Indian journal of veterinary science and animal husbandry - Volumes 22-23, 1952-1953
Year: 1952
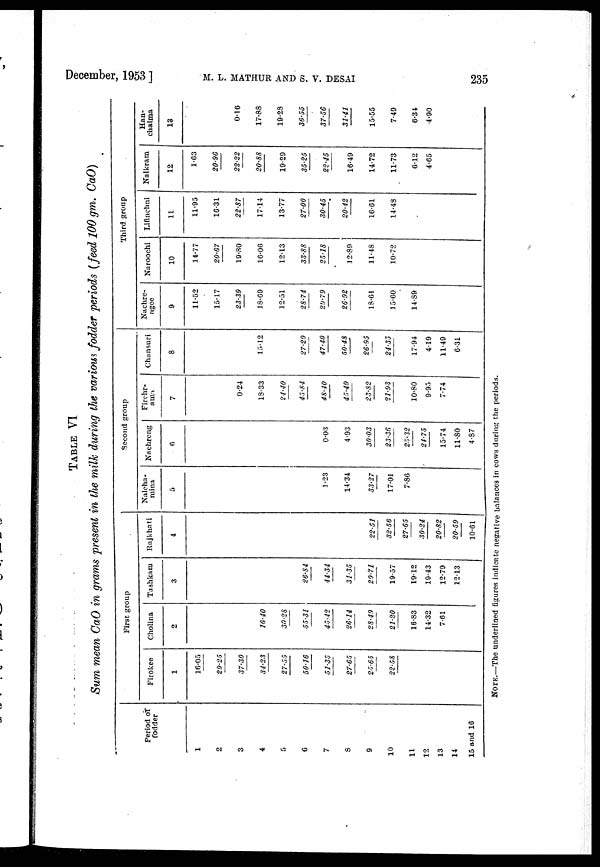
December, 1953 ]
M.
L.
MATHUR
AND
S.
V.
DESAI
235
TABLE VI
Sum mean CaO in grams present in the milk during the various fodder periods (feed 100 gm. CaO)
Period of
fodder
1
2
3
4
5
6
7
8
9
10
11
12
13
14
15 and 16
First group
Firokee
1
16.05
29.25
37.30
34.23
27.55
50.16
51.35
27.65
25.65
22.58
Cholina
2
16.40
30.28
55.31
45.42
26.14
23.49
21.20
16.83
14.32
7.61
Tashkam
3
26.84
44.34
31.35
29.71
19.57
19.12
19.43
12.79
12.13
Rajkhati
4
22.51
32.56
27.65
30.24
20.82
20.59
10.61
Second group
Nalcha-
mina
5
1.23
14.34
33.27
17.01
7.86
Nachreng
6
0.03
4.93
30.03
23.36
25.32
24.75
15.74
11.80
4.87
Firchr-
ama
7
0.24
18.33
24.40
45.84
48.40
45.49
23.82
21.93
10.80
9.95
7.74
Chansuri
8
15.12
27.29
47.40
50.48
26.95
24.35
17.94
4.19
11.49
6.31
Third group
Nachre-
ngee
9
11.52
15.17
23.39
18.C9
12.51
28.74
29.79
26.92
18.61
15.60
14.89
Naroochi
10
14.77
20.67
19.80
16.06
12.13
33.88
25.18
12.89
11.48
10.72
Lifinchni
11
11.95
16.31
22.87
17.14
13.77
27.00
30.45
20.42
16.61
14.48
Nalkram
12
1.63
20.96
22.22
20 .8 8
19.29
35.25
22.45
16.49
14.72
11.73
6.12
4.65
Han-
chalma
13
0.16
17.88
19.28
36.55
37.56
31.41
15.55
7.49
6.34
4.90
NOTE.—The underlined figures indicate negative balances in cows during the periods.